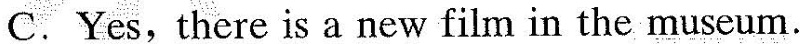
C. Yes,there is a new film in the museum.